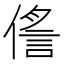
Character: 㑾